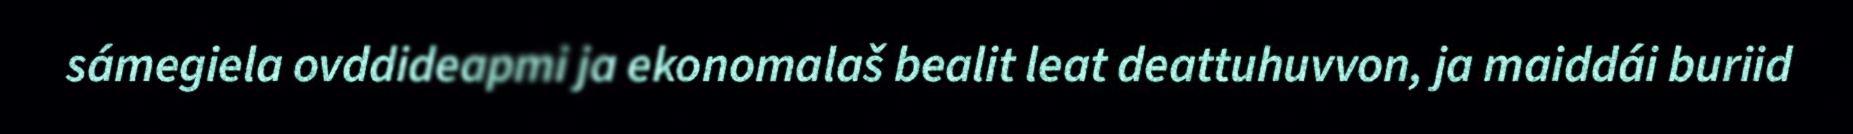
sámegiela ovddideapmi ja ekonomalaš bealit leat deattuhuvvon, ja maiddái buriid